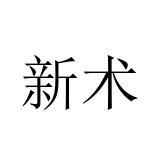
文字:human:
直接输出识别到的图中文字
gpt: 新术